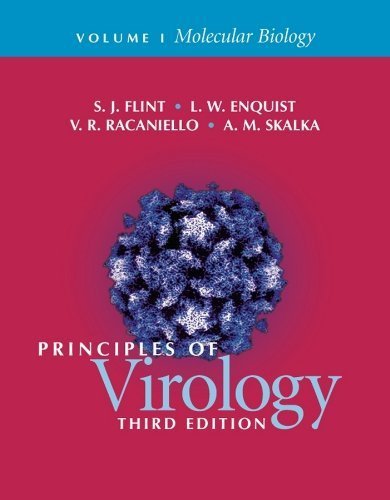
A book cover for By S. Jane Flint, L. W. Enquist, V. R. Racaniello: Principles of Virology (2 Volume Set) Third (3rd) Edition; -Amer Society for Microbiology-; Medical Books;